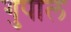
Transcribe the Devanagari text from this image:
गुपाल